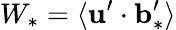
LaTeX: W_{\ast}=\langle{{\mathbf{u}}^{\prime}\cdot{\mathbf{b}}_{\ast}^{\prime}}\rangle